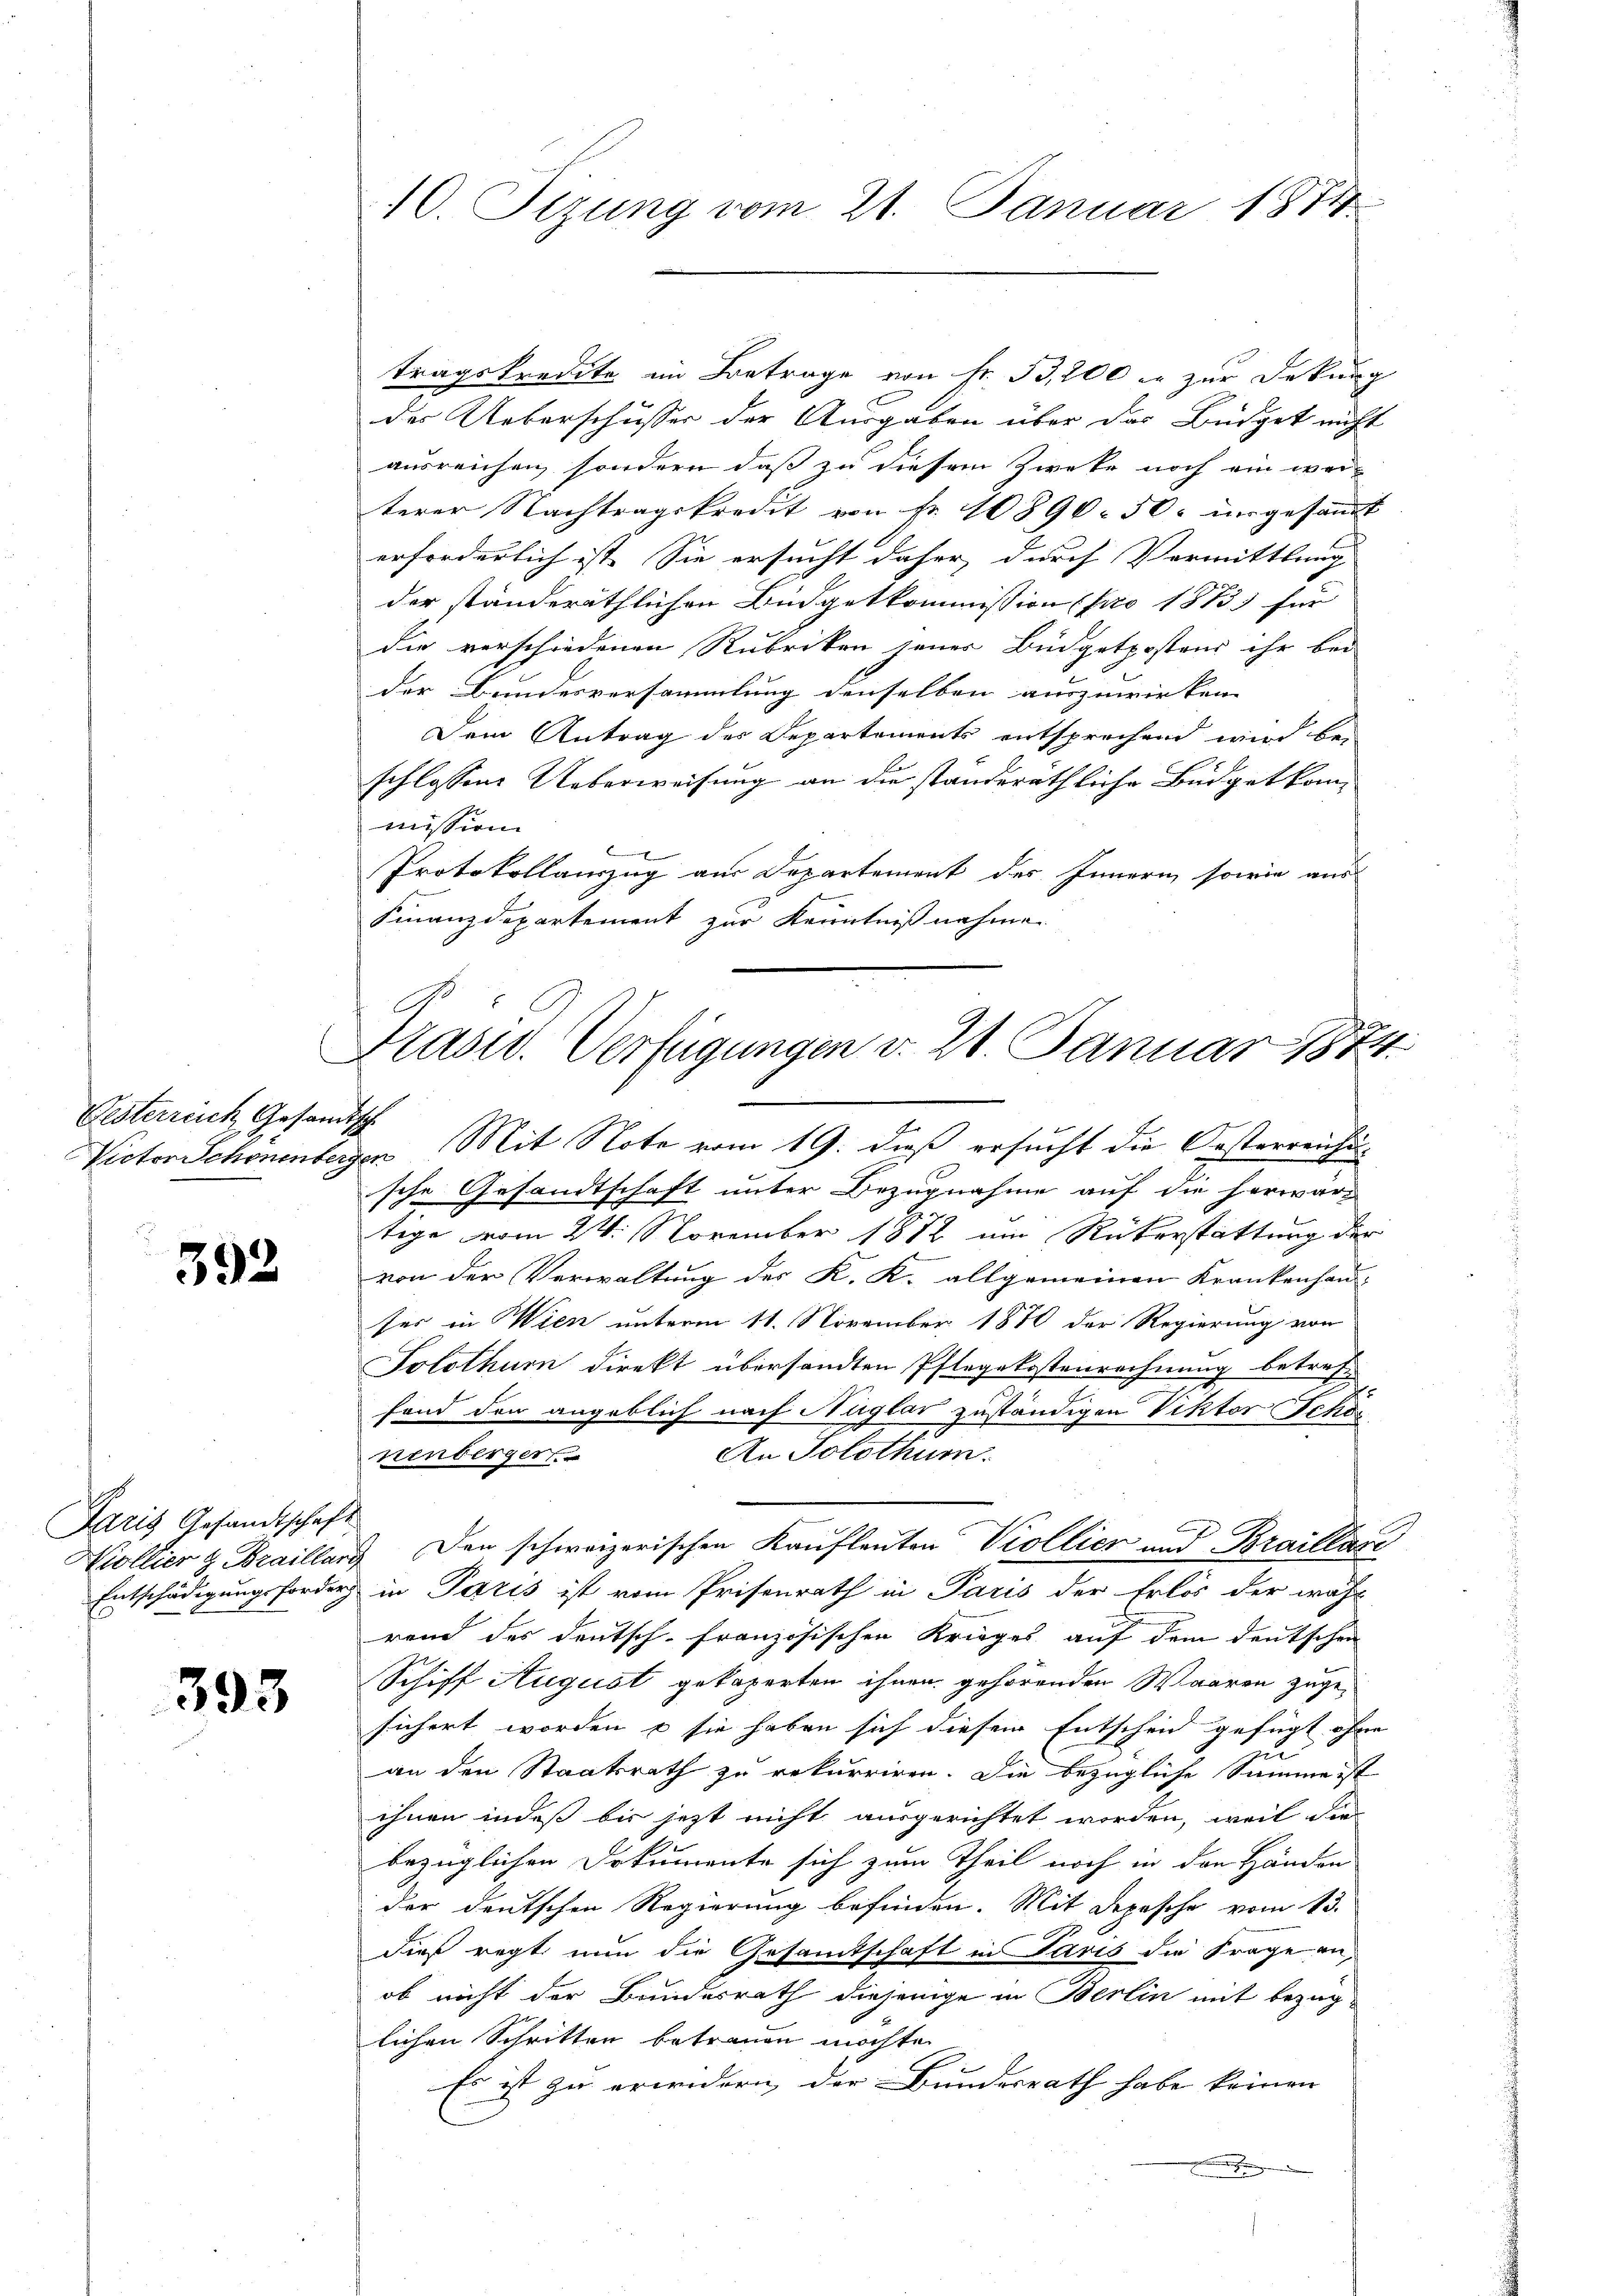
Gesterreich Gesam

392

Aris Gesandtschaft

393

10. Sizung vom 21. Januar 1874.

tragskredite im Betrage von Fr. 33,200 er zur Deckung
der Ueberschusser der Ausgaben über das Büdget nicht
ausreichen, sondern daß zu diesem Zweke noch ein werterer Nachtragskredit von Fr. 10890. 50. ungesamt
erforderlich ist. Sie ersucht daher, durch Vormittlung |
der standeräthlichen Büdgetkommission (pro 1873 für
die verschiedenen Rubriken jener Büdgetpostens ihr bei
der Bundesversammlung denselben auszuwirken.
Dem Antrag des Departements entsprechend wird be-
schlossene Ueberweisung an die ständeräthliche Büdgetkommission
1
Protokollauszug aus Departement des Innern sowie aus
Finanzdepartement zur Kenntnißnahme.

Präsid. Verfügungen v. 21. Januar 1874.
d

Victor Schönenbergen Mit Note vom 19. dieß ersucht die Oesterreichische Gesandtschaft unter Bezugnahme auf die herwärtige vom 24. November 1872 um Rückerstattung der
von der Verwaltung des K. K. allgemeinen Krankenhan-
ser in Wien unterm 11. November 1870 der Regierung von
Tolothum direkt übersandten Pflegekostenrechnung betreff
2
fond den angeblich nach Nüglar zuständigen Viktor Schös
An Solothum.
nenberger
Kollier & Braillung den schweizerischen Kaufleuten Viollier und Braillace
Entschädigungsforder in Paris ist vom Prisenrath in Paris der Erlös der wähl
rend des Deutsch-französischen Krieges auf dem deutschen
Schiff August gekaperten ihnen gehörenden Waaren zuge-
sichert worden u sie haben sich diesem Entscheid gefügt ohne
u
an den Staatsrath zu rekurriren. Die bezügliche Summe ist
ihnen indeß bis jetzt nicht ausgerichtet worden, weil die
bezüglichen Dokumente sich zum Theil noch in den Händen
der deutschen Regierung befinden. Mit Depesche vom 13.
dieß regt nun die Gesamtschaft in Paris die Frage an,
ob nicht der Bundesrath diejenige in Berlin mit bezüg-
lichen Schritten betrauen möchte.
Es ist zu erwidern, der Bundesrath habe keinen